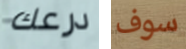
درعك سوف